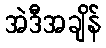
အဲဒီအချိန်